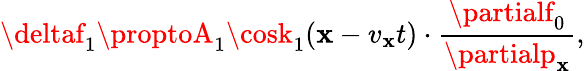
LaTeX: \deltaf_{1}\proptoA_{1}\cosk_{1}(\mathbf{x}-v_{\mathbf{x}}t)\cdot\frac{{\partialf_{0}}}{{\partialp_{\mathbf{x}}}},